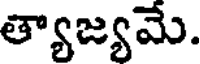
త్యాజ్యమే.